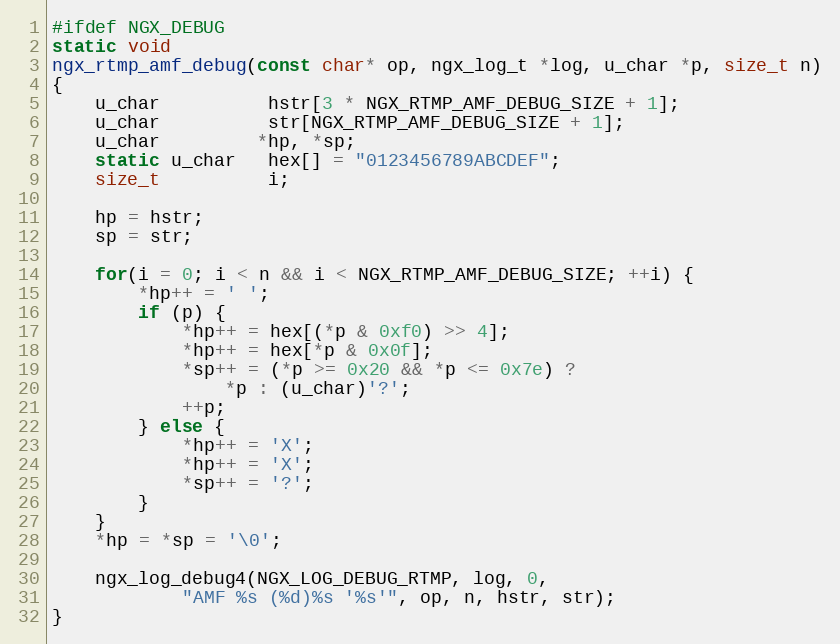
Language: C
#ifdef NGX_DEBUG
static void
ngx_rtmp_amf_debug(const char* op, ngx_log_t *log, u_char *p, size_t n)
{
    u_char          hstr[3 * NGX_RTMP_AMF_DEBUG_SIZE + 1];
    u_char          str[NGX_RTMP_AMF_DEBUG_SIZE + 1];
    u_char         *hp, *sp;
    static u_char   hex[] = "0123456789ABCDEF";
    size_t          i;

    hp = hstr;
    sp = str;

    for(i = 0; i < n && i < NGX_RTMP_AMF_DEBUG_SIZE; ++i) {
        *hp++ = ' ';
        if (p) {
            *hp++ = hex[(*p & 0xf0) >> 4];
            *hp++ = hex[*p & 0x0f];
            *sp++ = (*p >= 0x20 && *p <= 0x7e) ?
                *p : (u_char)'?';
            ++p;
        } else {
            *hp++ = 'X';
            *hp++ = 'X';
            *sp++ = '?';
        }
    }
    *hp = *sp = '\0';

    ngx_log_debug4(NGX_LOG_DEBUG_RTMP, log, 0,
            "AMF %s (%d)%s '%s'", op, n, hstr, str);
}